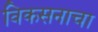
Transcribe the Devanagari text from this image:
विकसनाचा